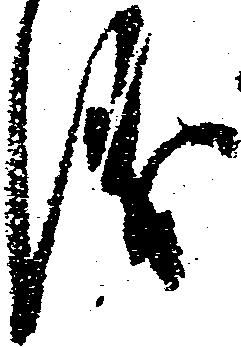
儀